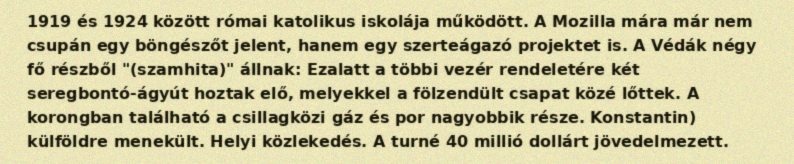
1919 és 1924 között római katolikus iskolája működött. A Mozilla mára már nem csupán egy böngészőt jelent, hanem egy szerteágazó projektet is. A Védák négy fő részből "(szamhita)" állnak: Ezalatt a többi vezér rendeletére két seregbontó-ágyút hoztak elő, melyekkel a fölzendült csapat közé lőttek. A korongban található a csillagközi gáz és por nagyobbik része. Konstantin) külföldre menekült. Helyi közlekedés. A turné 40 millió dollárt jövedelmezett.